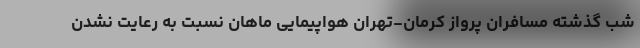
شب گذشته مسافران پرواز کرمان-تهران هواپیمایی ماهان نسبت به رعایت نشدن